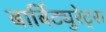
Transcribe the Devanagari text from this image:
बार्बिट्युरेट्स